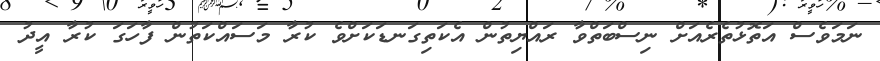
ނަމަވެސް އަތޮޅުތެރެއަށް ނިސްބަތްވާ ރައްޔިތުން އެކަތިގަނޑަކަށްވެ ކުރާ މަސައްކަތުން ފާހަގަ ކުރާ އީދު